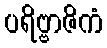
ပရိဗ္ဗာဇိကံ